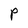
Character: P